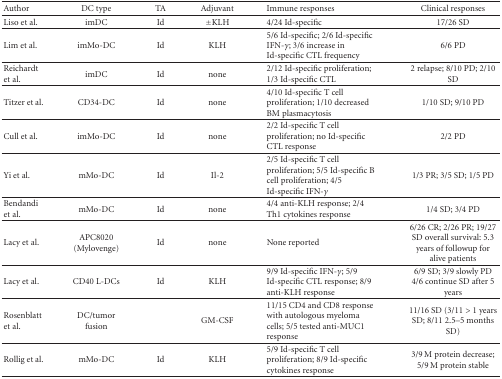
| Author | DC type | TA | Adjuvant | Immune responses | Clinical responses |
 | --- | --- | --- | --- | --- | --- |
 | Liso et al. | imDC | Id | ±KLH | 4/24 Id-specific | 17/26 SD |
 | Lim et al. | imMo-DC | Id | KLH | 5/6 Id-specific; 2/6 Id-specific IFN-γ; 3/6 increase in Id-specific CTL frequency | 6/6 PD |
 | Reichardt et al. | imDC | Id | none | 2/12 Id-specific proliferation; 1/3 Id-specific CTL | 2 relapse; 8/10 PD; 2/10 SD |
 | Titzer et al. | CD34-DC | Id | none | 4/10 Id-specific T cell proliferation; 1/10 decreased BM plasmacytosis | 1/10 SD; 9/10 PD |
 | Cull et al. | imMo-DC | Id | none | 2/2 Id-specific T cell proliferation; no Id-specific CTL response | 2/2 PD |
 | Yi et al. | mMo-DC | Id | Il-2 | 2/5 Id-specific T cell proliferation; 5/5 Id-specific B cell proliferation; 4/5 Id-specific IFN-γ | 1/3 PR; 3/5 SD; 1/5 PD |
 | Bendandi et al. | mMo-DC | Id | none | 4/4 anti-KLH response; 2/4 Th1 cytokines response | 1/4 SD; 3/4 PD |
 | Lacy et al. | APC8020 (Mylovenge) | Id | none | None reported | 6/26 CR; 2/26 PR; 19/27 SD overall survival: 5.3 years of followup for alive patients |
 | Lacy et al. | CD40 L-DCs | Id | KLH | 9/9 Id-specific IFN-γ; 5/9 Id-specific CTL response; 8/9 anti-KLH response | 6/9 SD; 3/9 slowly PD 4/6 continue SD after 5 years |
 | Rosenblatt et al. | DC/tumor fusion |  | GM-CSF | 11/15 CD4 and CD8 response with autologous myeloma cells; 5/5 tested anti-MUC1 response | 11/16 SD (3/11 > 1 years SD; 8/11 2.5–5 months SD) |
 | Rollig et al. | mMo-DC | Id | KLH | 5/9 Id-specific T cell proliferation; 8/9 Id-specific cytokines response | 3/9 M protein decrease; 5/9 M protein stable |